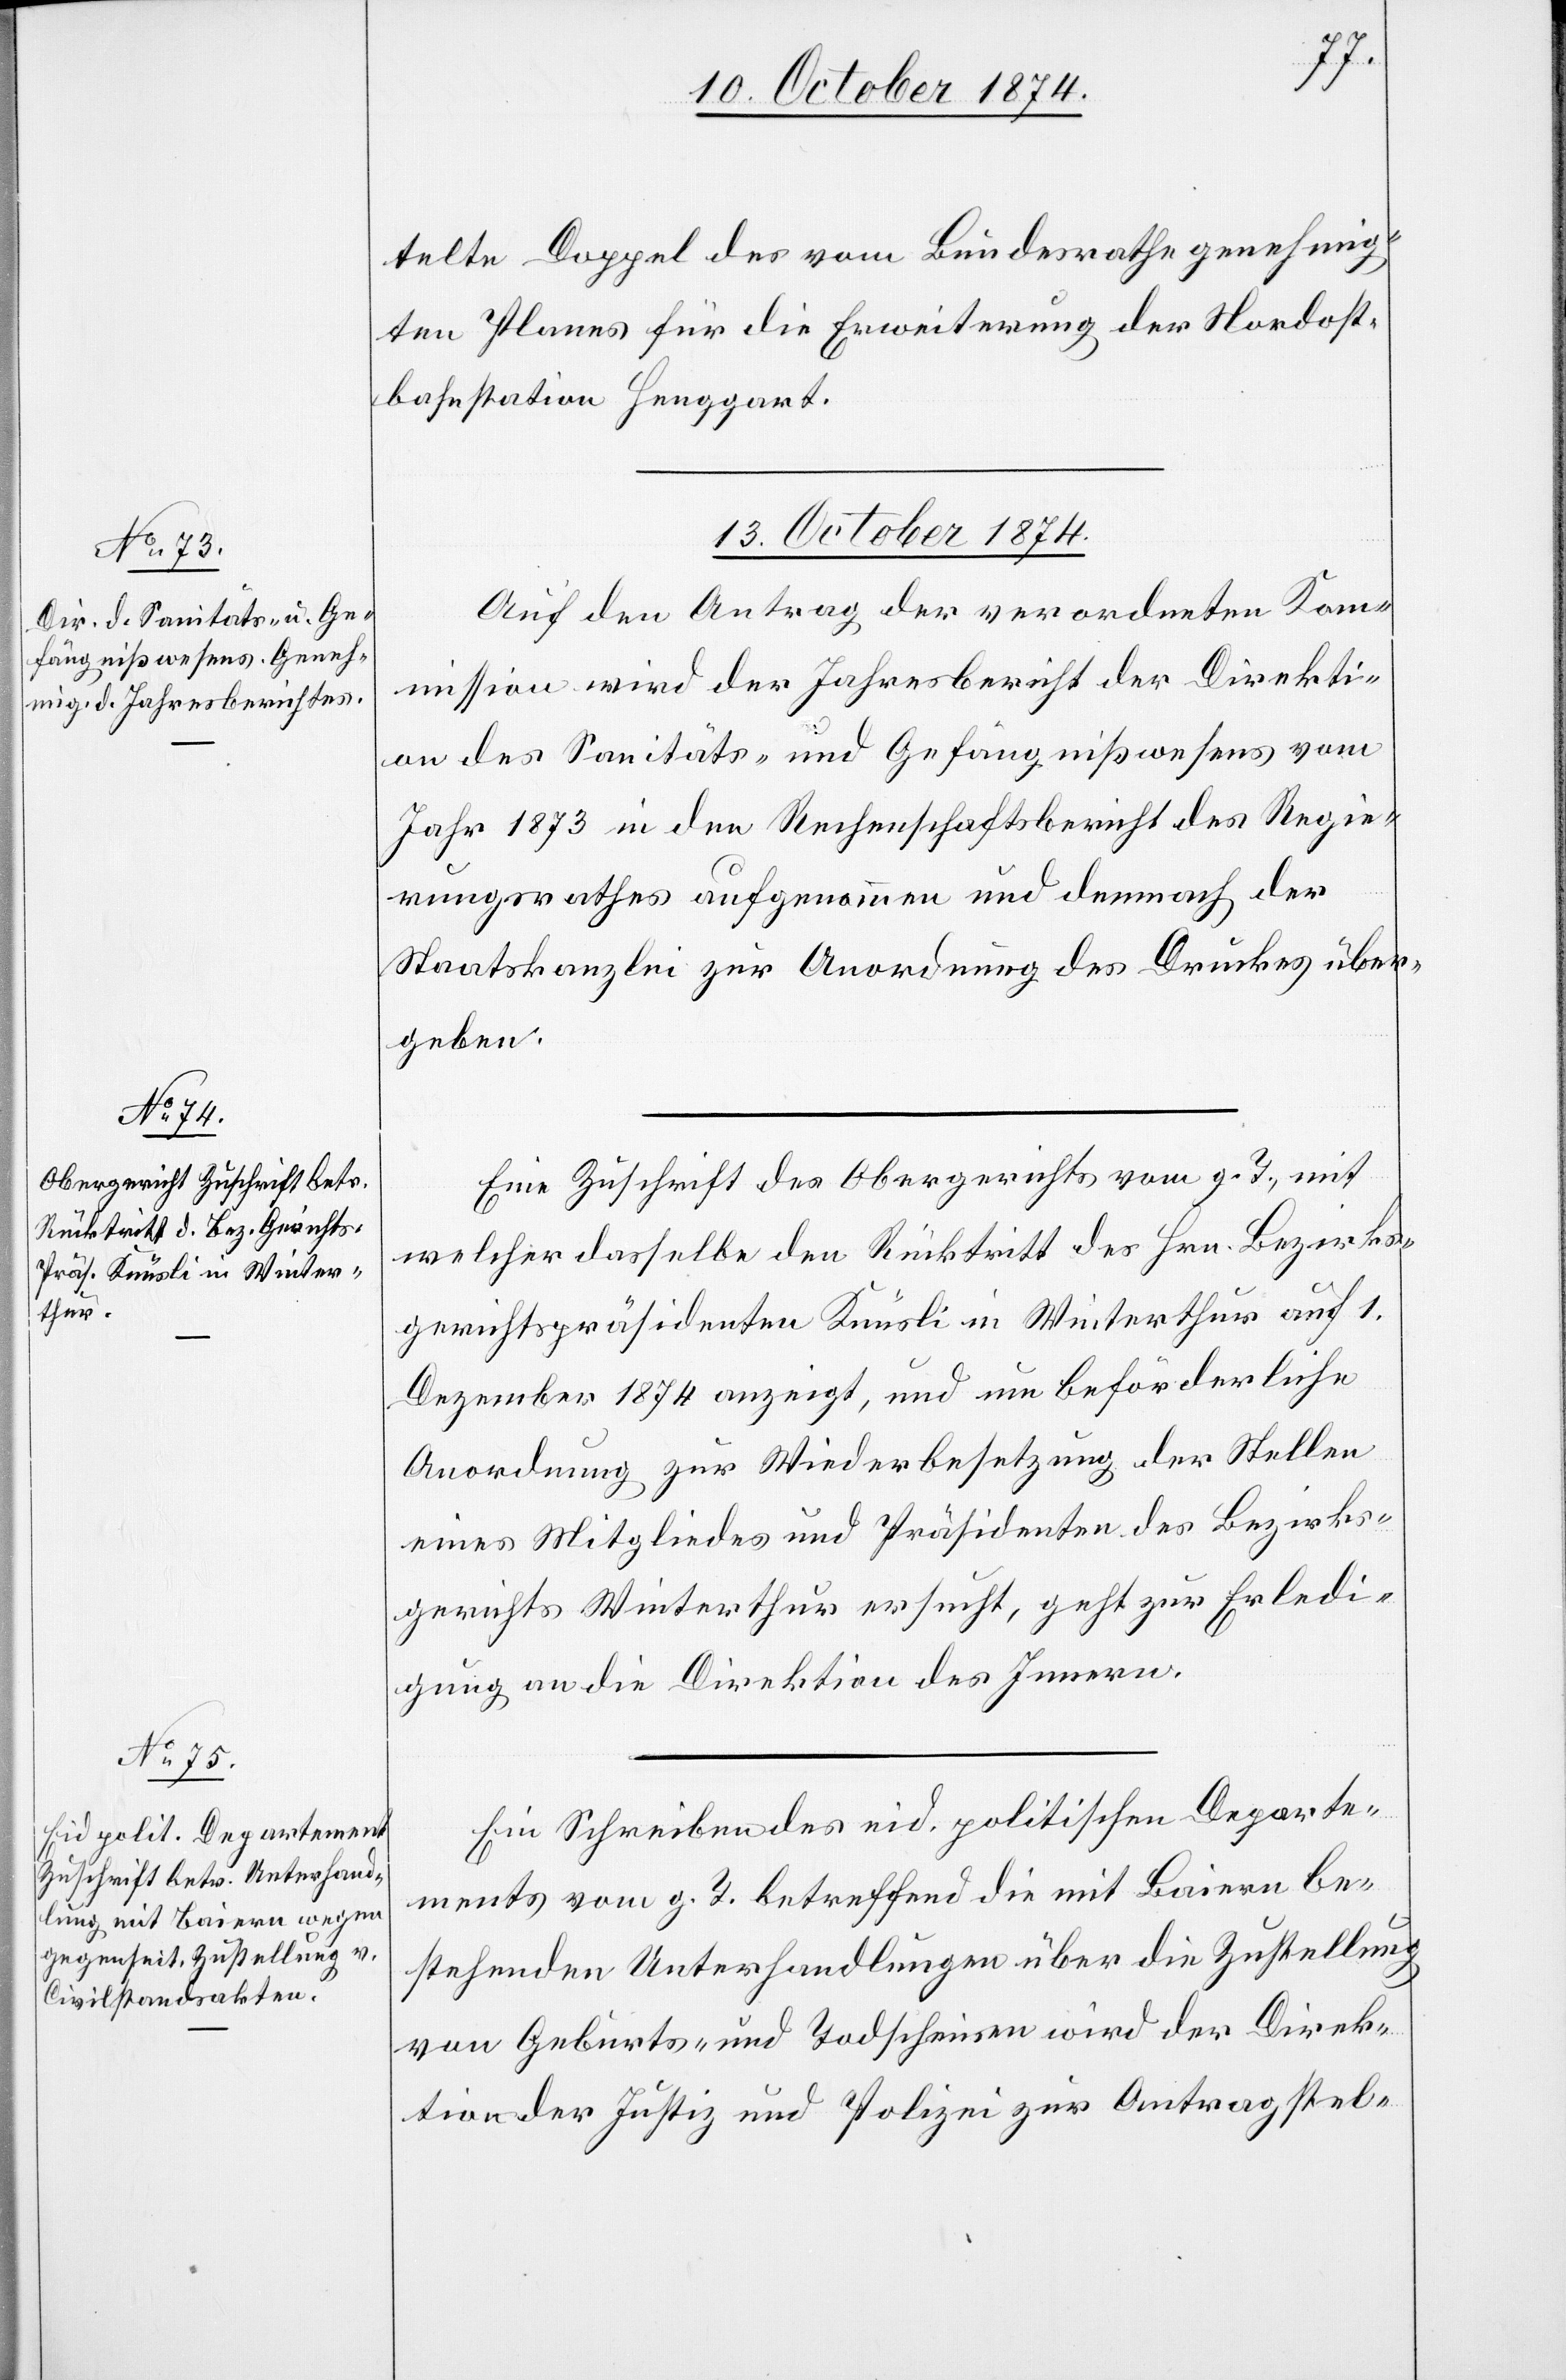
telte Doppel des vom Bundesrathe genehmig¬
ten Planes für die Erweiterung der Nordost¬
bahnstation Henggart.
13. October 1874.]
Auf den Antrag der verordneten Kom¬
mission wird der Jahresbericht der Direkti¬
on des Sanitäts- und Gefängnißwesens vom
Jahr 1873 in den Rechenschaftsbericht des Regie¬
rungsrathes aufgenommen und demnach der
Staatskanzlei zur Anordnung des Druckes über¬
geben.
Eine Zuschrift des Obergerichts vom g. T., mit
welcher dasselbe den Rücktritt des Hrn. Bezirks¬
gerichtspräsidenten Knüsli in Winterthur auf 1.
Dezember 1874 anzeigt, und um beförderliche
Anordnung zur Wiederbesetzung der Stellen
eines Mitgliedes und Präsidenten des Bezirks¬
gerichtes Winterthur ersucht, geht zur Erledi¬
gung an die Direktion des Innern.
Ein Schreiben des eid. politischen Departe¬
ments vom g. T. betreffend die mit Baiern be¬
stehenden Unterhandlungen über die Zustellung
von Geburts- und Todscheinen wird der Direk¬
tion der Justiz und Polizei zur Antragstel-